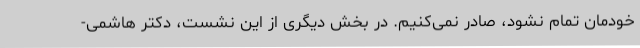
خودمان تمام نشود، صادر نمی‌کنیم. در بخش دیگری از این نشست، دکتر هاشمی-